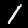
Digit: 1